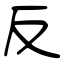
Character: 反